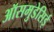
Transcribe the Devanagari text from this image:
ऑसमुडेसिई